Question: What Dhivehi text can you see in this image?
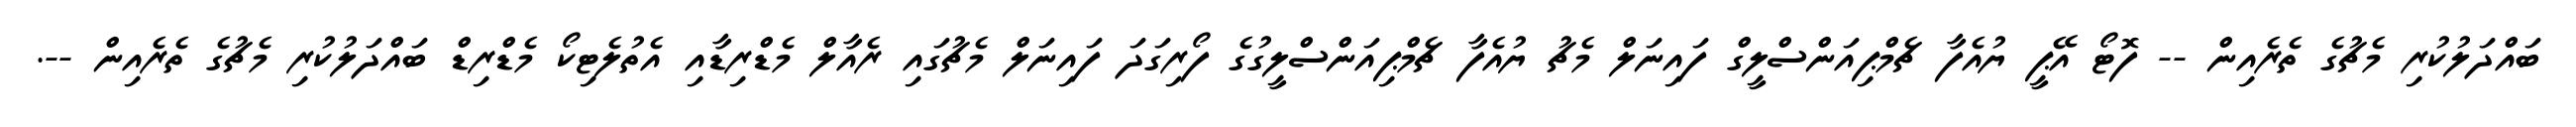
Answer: ބައްދަލުކުރި މެޗުގެ ތެރެއިން -- ފޮޓޯ އޭޕީ ޔުއެފާ ޗެމްޕިއަންސްލީގް ފައިނަލް މެޗު ޔުއެފާ ޗެމްޕިއަންސްލީގުގެ ފޯރިގަދަ ފައިނަލް މެޗުގައި ރެއާލް މެޑްރިޑާއި އެތުލެޓިކޯ މެޑްރިޑް ބައްދަލުކުރި މެޗުގެ ތެރެއިން --.